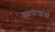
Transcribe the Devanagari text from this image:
गुढवाद्यांचा